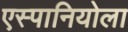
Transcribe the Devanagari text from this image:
एस्पानियोला